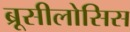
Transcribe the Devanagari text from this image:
ब्रूसीलोसिस